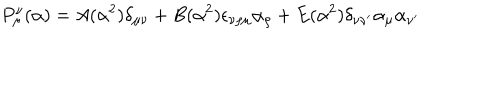
LaTeX: P _ { \mu } ^ { \nu } ( \alpha ) = A ( \alpha ^ { 2 } ) \delta _ { \mu \nu } + B ( \alpha ^ { 2 } ) \epsilon _ { \nu \rho \mu } \alpha _ { \rho } + E ( \alpha ^ { 2 } ) \delta _ { \nu \nu ^ { \prime } } \alpha _ { \mu } \alpha _ { \nu ^ { \prime } }